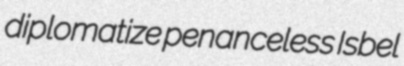
diplomatize penanceless Isbel